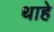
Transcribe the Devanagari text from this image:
थाहे